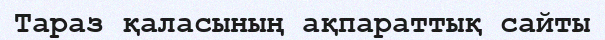
Тараз қаласының ақпараттық сайты